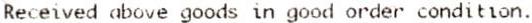
RECEIVED ABOVE GOODS IN GOOD ORDER CONDITION.